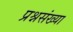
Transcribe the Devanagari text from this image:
प्रश्नसंख्या